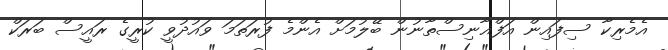
އެމެރިކާ ސިފައިން އަފްޣާނިސްތާނުން ބޭލުމަށް އެންމެ ފުރަތަމަ ވައުދުވީ ކުރީގެ ރައީސް ބަރަކް